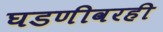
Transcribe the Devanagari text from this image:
घडणीवरही